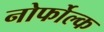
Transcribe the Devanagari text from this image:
नोर्फोल्क